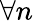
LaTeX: \forall n